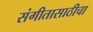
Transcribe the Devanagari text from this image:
संगीतासाठीचा